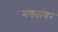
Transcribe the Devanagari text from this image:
गवतांवर